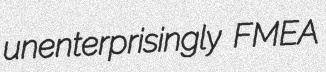
unenterprisingly FMEA